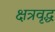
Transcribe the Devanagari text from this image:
क्षत्रवृद्ध